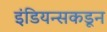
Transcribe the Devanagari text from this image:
इंडियन्सकडून